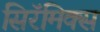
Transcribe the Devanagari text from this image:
सिरॅमिक्स